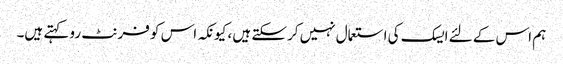
ہم اس کے لئے ایسک کی استعمال نہیں کرسکتے ہیں ، کیونکہ اس کو فرنٹ رو کہتے ہیں۔